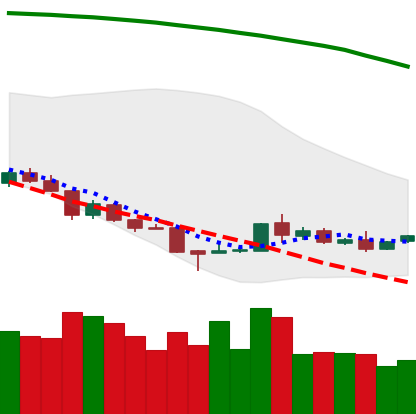
Ticker: TRX-USD
Chart end date: 2018-08-24
Forward return: 17.68%
Label: up_7plus